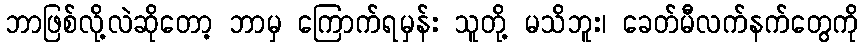
ဘာဖြစ်လို့လဲဆိုတော့ ဘာမှ ကြောက်ရမှန်း သူတို့ မသိဘူး၊ ခေတ်မီလက်နက်တွေကို